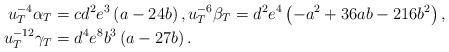
LaTeX: \begin{align*}u_{T}^{-4}\alpha_{T} & =cd^{2}e^{3}\left( a-24b\right) ,u_{T}^{-6}\beta_{T}=d^{2}e^{4}\left( -a^{2}+36ab-216b^{2}\right) , \\u_{T}^{-12}\gamma_{T} & =d^{4}e^{8}b^{3}\left( a-27b\right) .\end{align*}